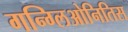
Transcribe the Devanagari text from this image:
गन्ग्लिओनितिस